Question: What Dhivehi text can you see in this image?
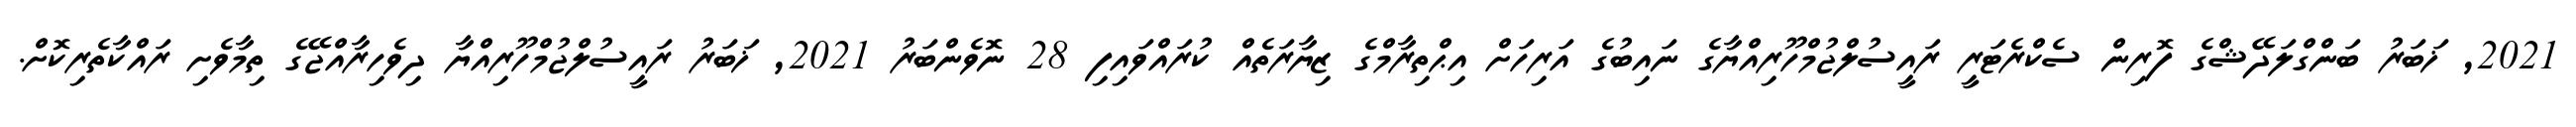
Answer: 2021, ޚަބަރު ބަންގްލަދޭޝްގެ ފޮރިން ސެކްރެޓަރީ ރައީސުލްޖުމްހޫރިއްޔާގެ ނައިބުގެ އަރިހަށް އިޙްތިރާމްގެ ޒިޔާރަތެއް ކުރައްވައިފި 28 ނޮވެންބަރު 2021, ޚަބަރު ރައީސުލްޖުމްހޫރިއްޔާ ދިވެހިރާއްޖޭގެ ތިމާވެށި ރައްކާތެރިކޮށް.